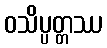
ဝသိပ္ပတ္တဿ